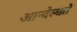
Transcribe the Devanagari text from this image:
आन्देल्को